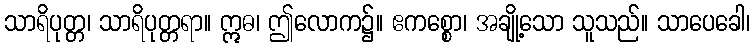
သာရိပုတ္တ၊ သာရိပုတ္တရာ။ ဣဓ၊ ဤလောက၌။ ဧကစ္စော၊ အချို့သော သူသည်။ သာပေခေါ၊